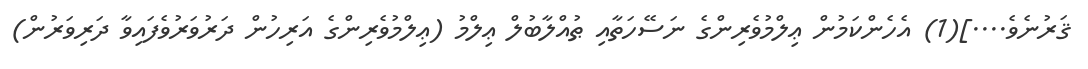
ޤަރުނެވެ....](1) އެހެންކަމުން ޢިލްމުވެރިންގެ ނަސޭހަތާއި ޠުއްލާބުލް ޢިލްމު (ޢިލްމުވެރިންގެ އަރިހުން ދަރުވަރުވެފައިވާ ދަރިވަރުން)